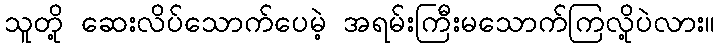
သူတို့ ဆေးလိပ်သောက်ပေမဲ့ အရမ်းကြီးမသောက်ကြလို့ပဲလား။